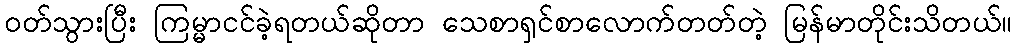
ဝတ်သွားပြီး ကြမ္မာငင်ခဲ့ရတယ်ဆိုတာ သေစာရှင်စာလောက်တတ်တဲ့ မြန်မာတိုင်းသိတယ်။